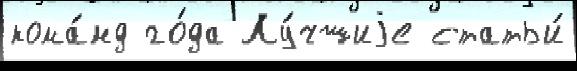
кома́нд го́да Лу́чшиjе статьи́